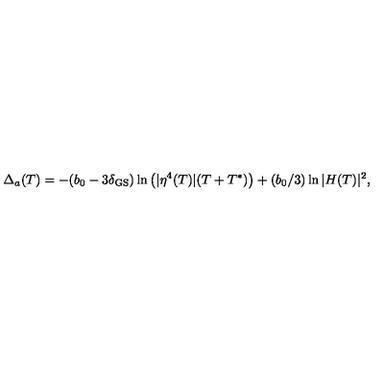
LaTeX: \Delta _ { a } ( T ) = - ( b _ { 0 } - 3 \delta _ { \mathrm { G S } } ) \ln \left( | \eta ^ { 4 } ( T ) | ( T + T ^ { * } ) \right) + ( b _ { 0 } / 3 ) \ln | H ( T ) | ^ { 2 } ,